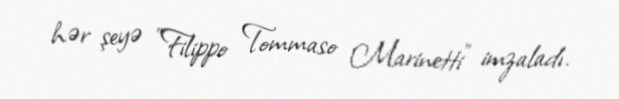
hər şeyə "Filippo Tommaso Marinetti" imzaladı.